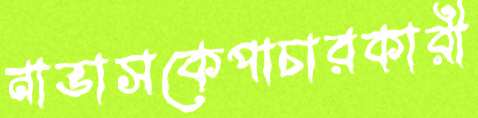
নাভাসকেপাচারকারী